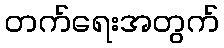
တက်ရေးအတွက်